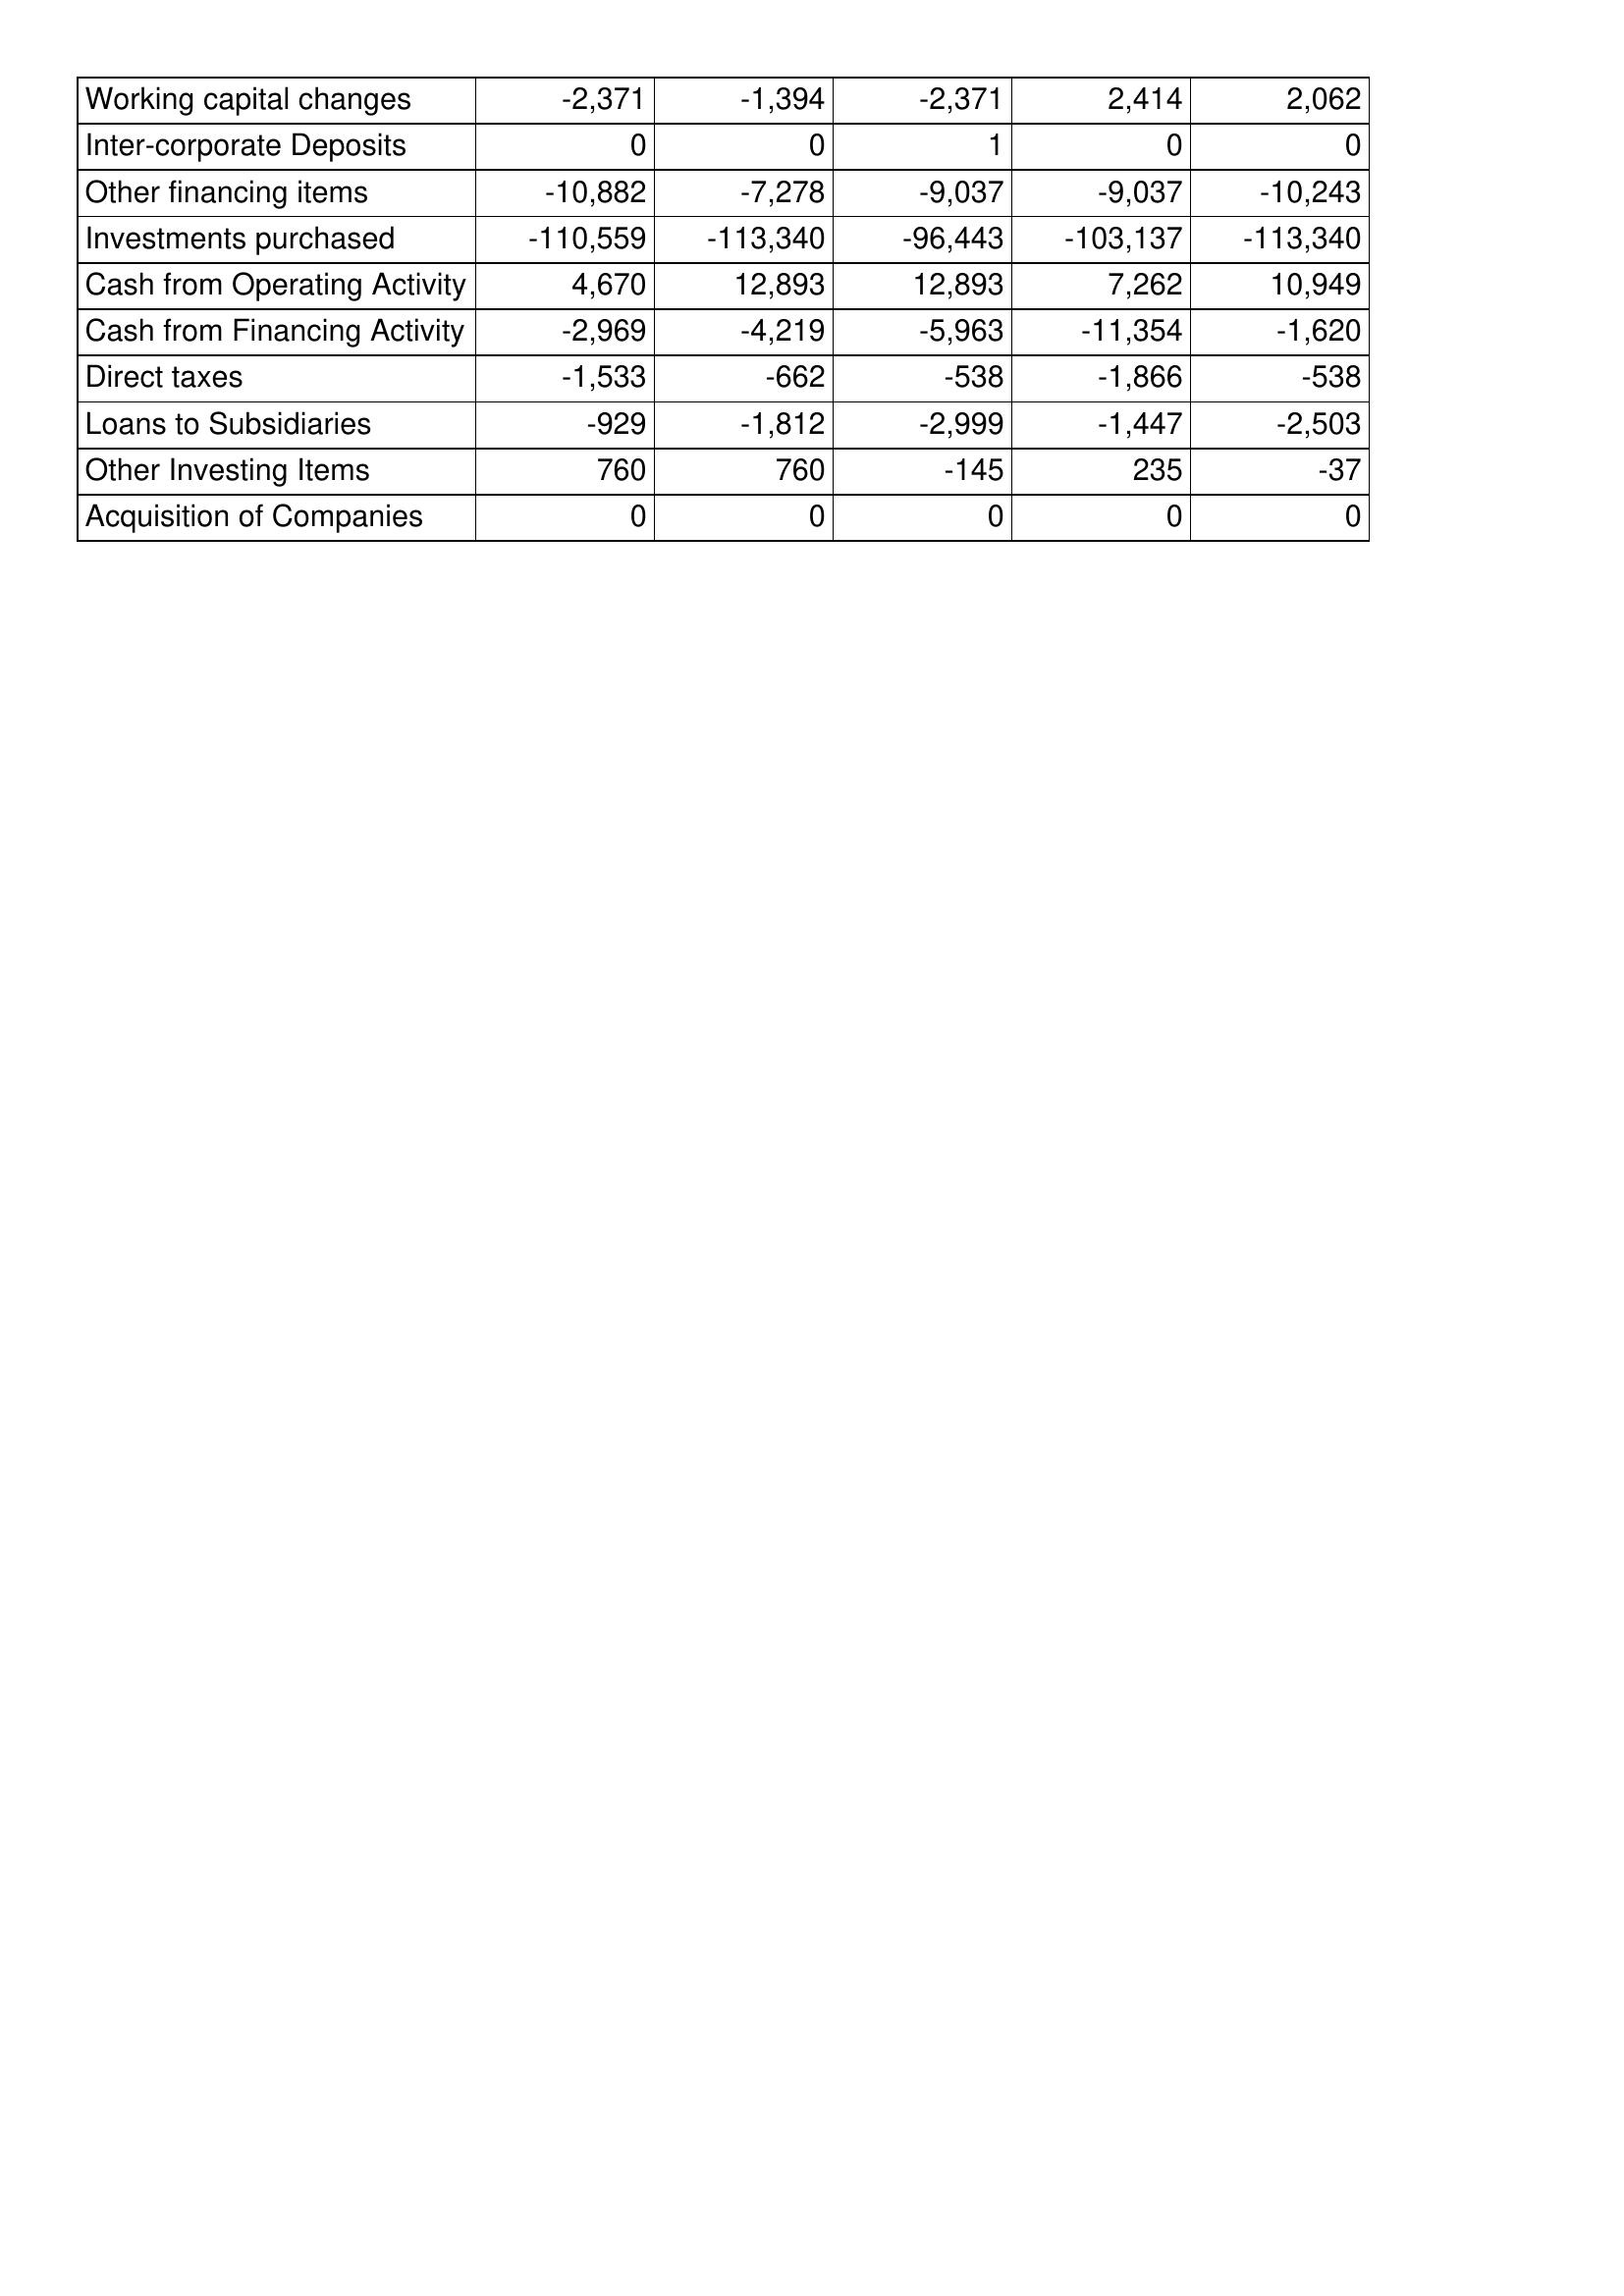
Jul-19: Cash Flows: Working capital changes: -2,371
Inter-corporate Deposits: 0
Other financing items: -10,882
Investments purchased: -110,559
Cash from Operating Activity: 4,670
Cash from Financing Activity: -2,969
Direct taxes: -1,533
Loans to Subsidiaries: -929
Other Investing Items: 760
Acquisition of Companies: 0
Jul-18: Cash Flows: Working capital changes: -1,394
Inter-corporate Deposits: 0
Other financing items: -7,278
Investments purchased: -113,340
Cash from Operating Activity: 12,893
Cash from Financing Activity: -4,219
Direct taxes: -662
Loans to Subsidiaries: -1,812
Other Investing Items: 760
Acquisition of Companies: 0
Jul-17: Cash Flows: Working capital changes: -2,371
Inter-corporate Deposits: 1
Other financing items: -9,037
Investments purchased: -96,443
Cash from Operating Activity: 12,893
Cash from Financing Activity: -5,963
Direct taxes: -538
Loans to Subsidiaries: -2,999
Other Investing Items: -145
Acquisition of Companies: 0
Jul-16: Cash Flows: Working capital changes: 2,414
Inter-corporate Deposits: 0
Other financing items: -9,037
Investments purchased: -103,137
Cash from Operating Activity: 7,262
Cash from Financing Activity: -11,354
Direct taxes: -1,866
Loans to Subsidiaries: -1,447
Other Investing Items: 235
Acquisition of Companies: 0
Jul-15: Cash Flows: Working capital changes: 2,062
Inter-corporate Deposits: 0
Other financing items: -10,243
Investments purchased: -113,340
Cash from Operating Activity: 10,949
Cash from Financing Activity: -1,620
Direct taxes: -538
Loans to Subsidiaries: -2,503
Other Investing Items: -37
Acquisition of Companies: 0